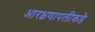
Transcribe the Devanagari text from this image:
आरक्षणापलीकडे